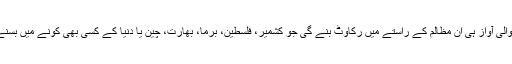
اجتماعی سطح پہ اٹھائی جانے والی آواز ہی ان مظالم کے راستے میں رکاوٹ بنے گی جو کشمیر، فلسطین، برما، بھارت، چین یا دنیا کے کسی بھی کونے میں بسنے والے مسلمانوں پہ جاری ہیں۔